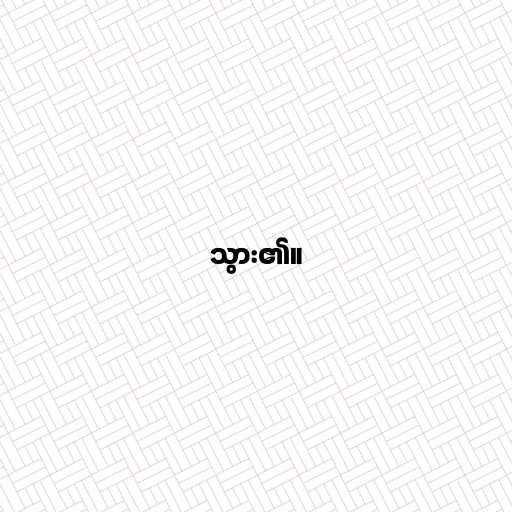
သွား၏။